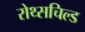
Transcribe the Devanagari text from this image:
रोथ्सचिल्ड